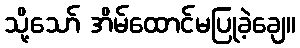
သို့သော် အိမ်ထောင်မပြုခဲ့ချေ။